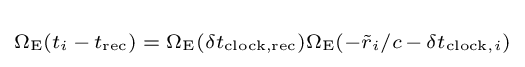
\scriptstyle \Omega _{\text{E}}(t_{i}\,-\,t_{\text{rec}})\;=\;\Omega _{\text{E}}(\delta t_{\text{clock,rec}})\Omega _{\text{E}}(-{\tilde {r}}_{i}/c\,-\,\delta t_{{\text{clock}},i})